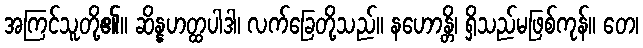
အကြင်သူတို့၏။ ဆိန္နဟတ္ထပါဒါ၊ လက်ခြေတို့သည်။ နဟောန္တိ၊ ရှိသည်မဖြစ်ကုန်။ တေ၊